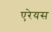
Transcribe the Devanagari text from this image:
एरेयस